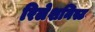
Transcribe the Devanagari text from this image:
रिलेशनिस्ट